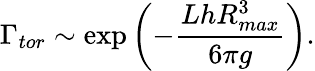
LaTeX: \Gamma_{tor}\sim\exp\left(-{\frac{LhR_{max}^{3}}{6\pi g}}\right).